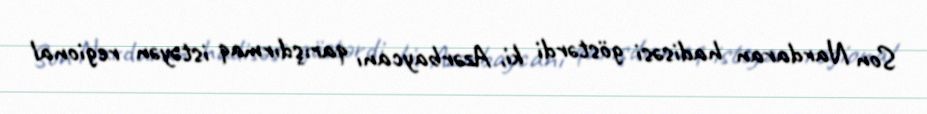
Son Nardaran hadisəsi göstərdi ki, Azərbaycanı qarışdırmaq istəyən regional